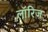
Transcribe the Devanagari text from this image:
लॉरिज